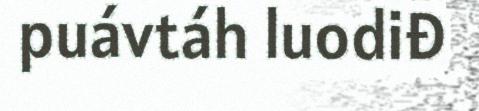
puávtáh luodiđ